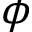
\phi